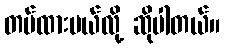
တပ်ထားမယ်လို့ ဆိုပါတယ်။